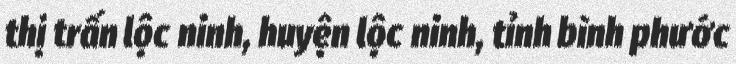
thị trấn lộc ninh, huyện lộc ninh, tỉnh bình phước